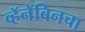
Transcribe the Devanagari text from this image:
व्हॅनॅबिनचा